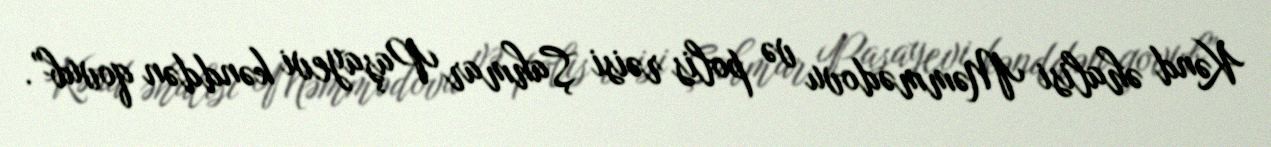
Kənd əhalisi Məmmədovu və polis rəisi Şahmar Paşayevi kənddən qovub”.